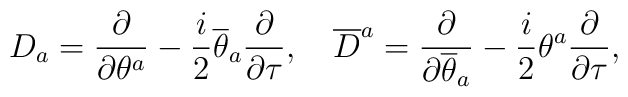
D_a = \frac{\partial}{\partial \theta^a}- \frac{i}{2} \overline{\theta}_a\frac{\partial}{\partial \tau} ,\quad\overline{D}^a = \frac{\partial}{\partial \overline{\theta}_a}- \frac{i}{2} \theta^a\frac{\partial}{\partial \tau} ,